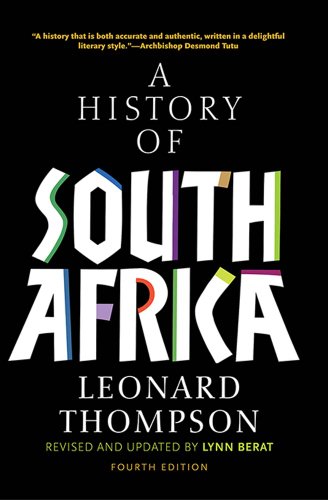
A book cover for A History of South Africa, Fourth Edition; Leonard Thompson; History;